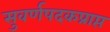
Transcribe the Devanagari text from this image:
सुवर्णपदकप्राप्त